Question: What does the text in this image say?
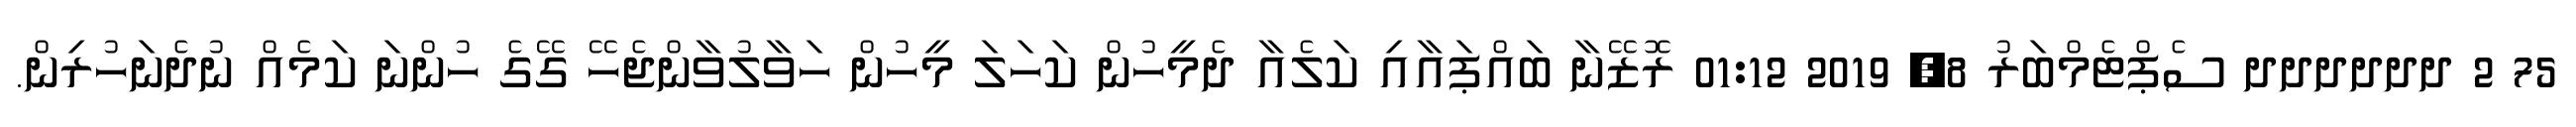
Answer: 75 2 ދދދދދދ ސެޕްޓެމްބަރު 8, 2019 01:12 ރޮޒޭނާ ބައްޕައާއި ކަލެއާ ދެމީހުން ކަހަލަ މީހުން ހަވާލުވާންޖެހޭ ގޭގެ ހުންނަ ކަމެއް ނުދެނަހުރިން.